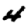
Digit: 4